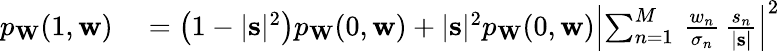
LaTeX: \begin{array}{rl}{p_{\mathbf{W}}(1,\mathbf{w})}&{{}=\bigl(1-|\mathbf{s}|^{2}\bigr)p_{\mathbf{W}}(0,\mathbf{w})+|\mathbf{s}|^{2}p_{\mathbf{W}}(0,\mathbf{w})\left|\sum_{n=1}^{M}\, \frac{w_{n}}{\sigma_{n}}\, \frac{s_{n}}{|\mathbf{s}|}\right|^{2}}\end{array}